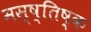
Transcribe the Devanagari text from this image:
मस्ष्तिष्क